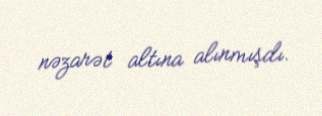
nəzarət altına alınmışdı.